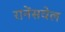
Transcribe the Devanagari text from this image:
रानेंसवेल